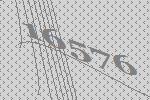
16576